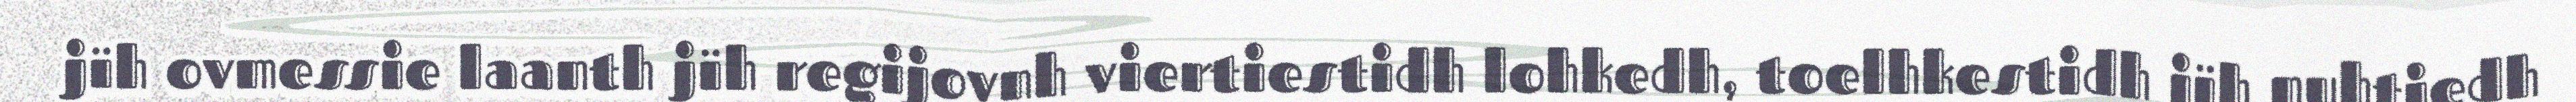
jïh ovmessie laanth jïh regijovnh viertiestidh lohkedh, toelhkestidh jïh nuhtjedh